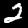
Digit: 2